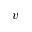
v